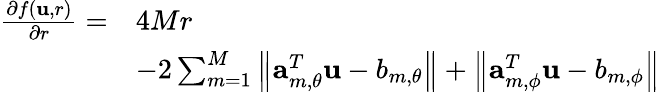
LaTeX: \begin{array}{rl}{\frac{\partial f\left(\mathbf{u},r\right)}{\partial r}=}&{4Mr}\\ &{-2\sum_{m=1}^{M}\left\| \mathbf{a}_{m,\theta}^{T}\mathbf{\mathbf{u}}-b_{m,\theta}\right\| +\left\| \mathbf{a}_{m,\phi}^{T}\mathbf{\mathbf{u}}-b_{m,\phi}\right\| }\end{array}